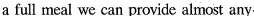
a full meal wecan provide almost any